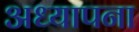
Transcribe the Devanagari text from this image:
अध्यापना